Vaccination in Bombay 1924-1928 - 1924-1928
Year: 1924
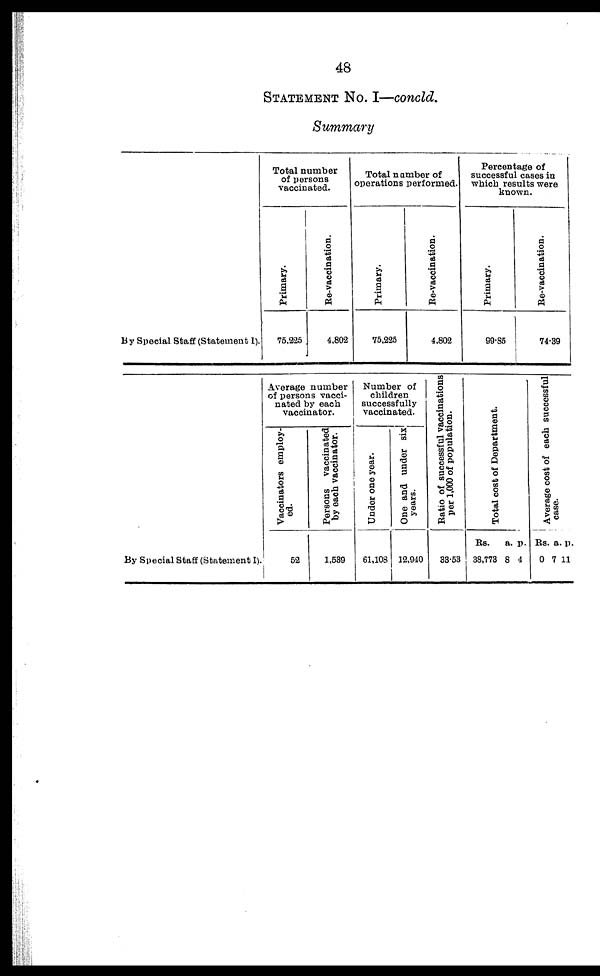
48
STATEMENT No. I—concld.
Summary
By Special Staff (Statement I).
Total number
of persons
vaccinated.
Primary.
75,235
Re-vaccination.
4,802
Total number of
operations performed.
Primary.
75,225
Re-vaccination.
4,802
Percentage of
successful cases in
which results were
known.
Primary.
99.85
Re-vaccination.
74.39
By Special Staff (Statement I).
Average number
of persons vacci-
nated by each
vaccinator.
Vaccinators employ-
ed.
52
Persons vaccinated
by each vaccinator.
1,539
Number of
children
successfully
vaccinated.
Under one year.
61,108
One and under six
years.
12,940
Ratio of successful vaccinations
per 1,000 of population.
33.53
Total cost of Department.
Rs.
38,773
a.
8
p.
4
Average cost of each successful
case.
Rs.
0
a
7
p.
11